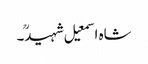
شاہ اسمعیل شہیدؒ۔